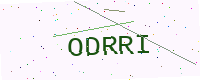
Text: ODRRI